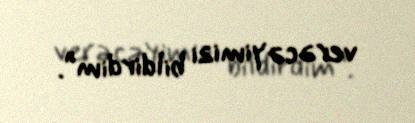
verəcəyimizi bildirdim”.